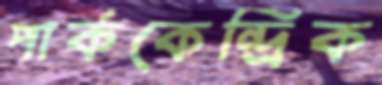
পার্ককেন্দ্রিক